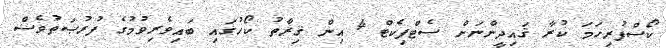
ކޯސްފުރިހަމަ ކުރާ ޤައިދީންނަށް ސެޓްފިކެޓް 4 އިން ޤިރާތު ކޯހުގައި ބައިވެރިވުމުގެ ފުރުޞަތުވެސް